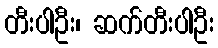
တီးပါဦး၊ ဆက်တီးပါဦး